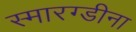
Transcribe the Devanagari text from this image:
स्मारग्डीना